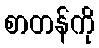
စာတန်ကို